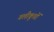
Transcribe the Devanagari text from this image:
गलीकूचों